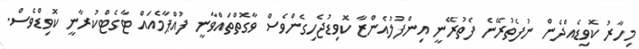
މިހާރު ކޮވިޑެއްދެން ނުފެތުރޭނެ ފެތުރޭނީ އިންފުލުއެންޒާ ކޮވިޑުޖެހިގެންވެސް ވާގޮތްތައްވާނީ ފުއްޕާމެއައް ޓާގެޓްކުރާނީ ކޮވިޑްވެސް.